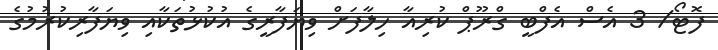
ފޮޓޯ/ 3 އެސް އެފްބީ ގްރޫޕް ކުރިއާ ހިލާފަށް ވިޔަފާރީގެ އުކުޅުތަކާއި ވިޔަފާރިކުރުމުގެ